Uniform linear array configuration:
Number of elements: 24
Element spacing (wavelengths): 1
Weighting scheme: hamming
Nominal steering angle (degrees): -60
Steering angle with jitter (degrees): -59.954
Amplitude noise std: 0.05
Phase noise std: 0.05

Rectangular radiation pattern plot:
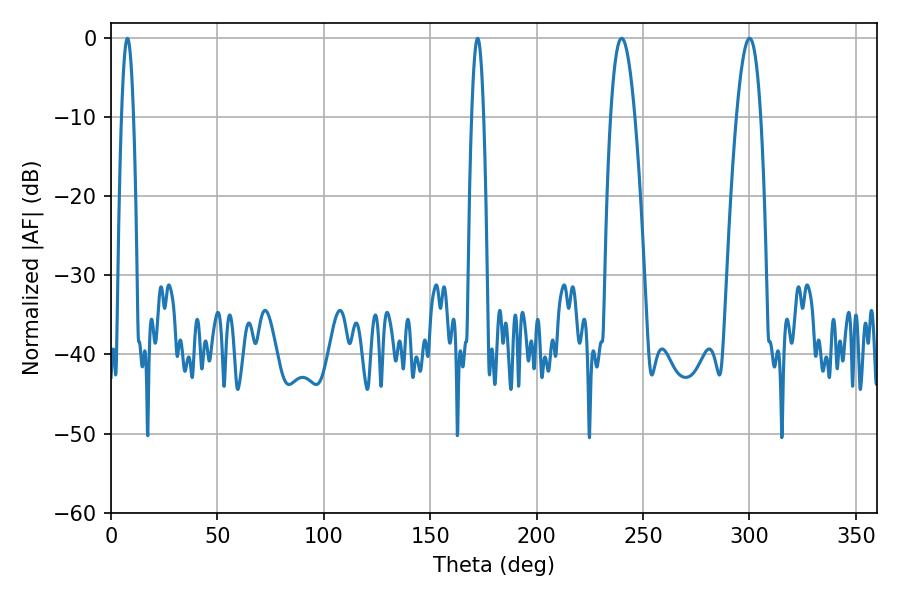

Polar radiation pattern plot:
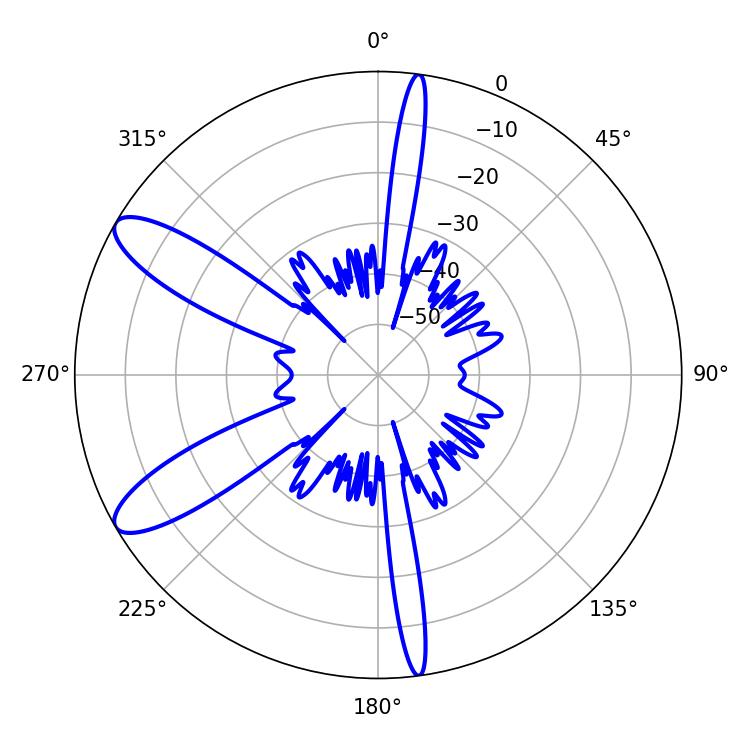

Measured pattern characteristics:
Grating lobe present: TRUE
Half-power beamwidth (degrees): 6.12
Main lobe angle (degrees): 239.94